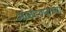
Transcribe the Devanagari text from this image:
आनंदवनाच्या